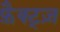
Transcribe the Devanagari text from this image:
फ़ैक्ट्ज़